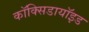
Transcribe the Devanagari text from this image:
कॉक्सिडायॉइड